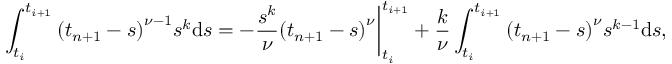
\int _ { t _ { i } } ^ { t _ { i + 1 } } { { { ( t _ { n + 1 } - s ) } ^ { \nu - 1 } } { { s } ^ { k } } \mathrm { d } s } = - \frac { { { s } ^ { k } } } { \nu } { { ( t _ { n + 1 } - s ) } ^ { \nu } } \bigg | _ { t _ { i } } ^ { t _ { i + 1 } } + \frac { k } { \nu } \int _ { t _ { i } } ^ { t _ { i + 1 } } { { { ( t _ { n + 1 } - s ) } ^ { \nu } } { { s } ^ { k - 1 } } \mathrm { d } s } ,